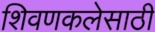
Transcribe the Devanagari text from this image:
शिवणकलेसाठी